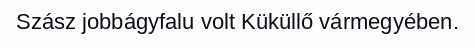
Szász jobbágyfalu volt Küküllő vármegyében.